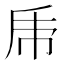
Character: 𠂰